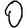
Digit: 0